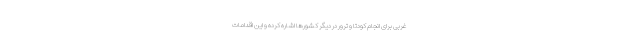
غربی برای انجام کودتا و ترور در دیگر کشورها اشاره کرده و این اقدامات